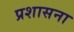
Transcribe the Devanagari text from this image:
प्रशासना